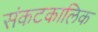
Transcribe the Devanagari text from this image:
संकटकालिक